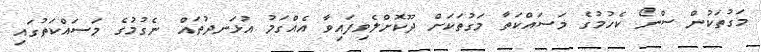
މަގުތަކުން ސްނޯ ކެހުމުގެ މަސައްކަތާ މަގުތަކަށް ދޫކޮށްލެވިފައިވާ އެއްގަމު އުޅަނދުތައް ނެގުމުގެ މަސައްކަތުގައި